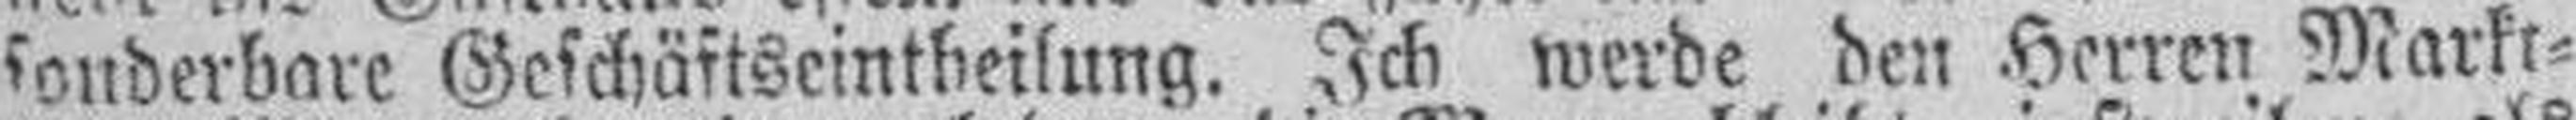
sonderbare Geschäftseintheilung. Ich werde den Herren Markt¬